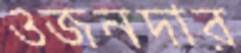
ওজনদার